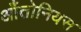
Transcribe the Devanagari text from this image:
आँतोनियस